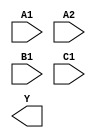
module sky130_fd_sc_ls__a211oi (
    //# {{data|Data Signals}}
    input  A1,
    input  A2,
    input  B1,
    input  C1,
    output Y
);

    // Voltage supply signals
    supply1 VPWR;
    supply0 VGND;
    supply1 VPB ;
    supply0 VNB ;

endmodule